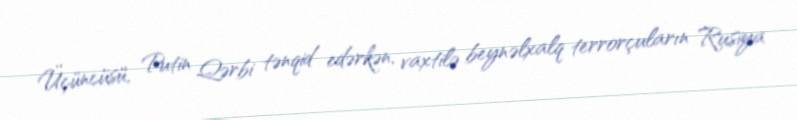
Üçüncüsü, Putin Qərbi tənqid edərkən, vaxtilə beynəlxalq terrorçuların Rusiya